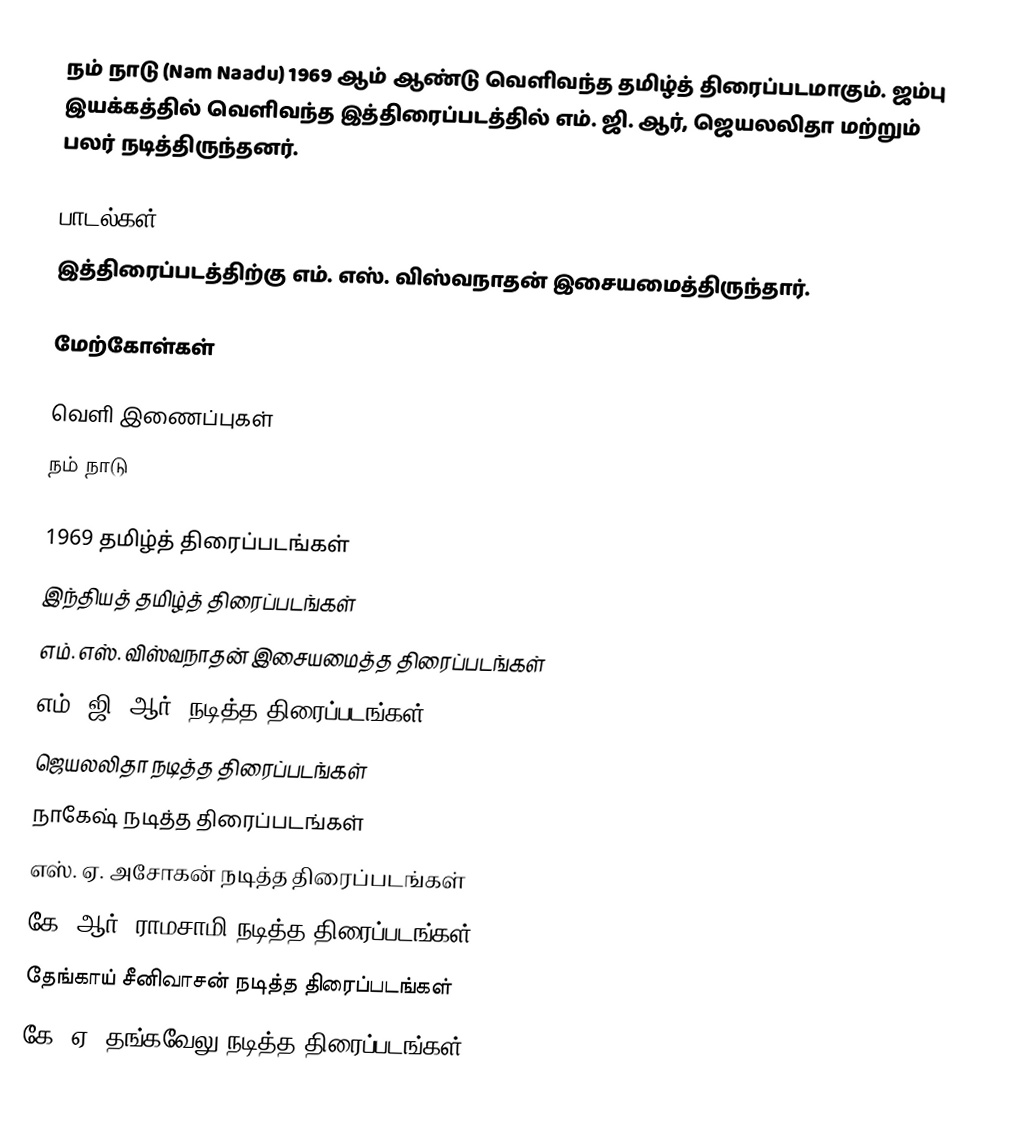
நம் நாடு (Nam Naadu) 1969 ஆம் ஆண்டு வெளிவந்த தமிழ்த் திரைப்படமாகும். ஜம்பு இயக்கத்தில் வெளிவந்த இத்திரைப்படத்தில் எம். ஜி. ஆர், ஜெயலலிதா மற்றும் பலர் நடித்திருந்தனர்.

பாடல்கள்
இத்திரைப்படத்திற்கு எம். எஸ். விஸ்வநாதன் இசையமைத்திருந்தார்.

மேற்கோள்கள்

வெளி இணைப்புகள்
 நம் நாடு

1969 தமிழ்த் திரைப்படங்கள்
இந்தியத் தமிழ்த் திரைப்படங்கள்
எம். எஸ். விஸ்வநாதன் இசையமைத்த திரைப்படங்கள்
எம். ஜி. ஆர். நடித்த திரைப்படங்கள்
ஜெயலலிதா நடித்த திரைப்படங்கள்
நாகேஷ் நடித்த திரைப்படங்கள்
எஸ். ஏ. அசோகன் நடித்த திரைப்படங்கள்
கே. ஆர். ராமசாமி நடித்த திரைப்படங்கள்
தேங்காய் சீனிவாசன் நடித்த திரைப்படங்கள்
கே. ஏ. தங்கவேலு நடித்த திரைப்படங்கள்